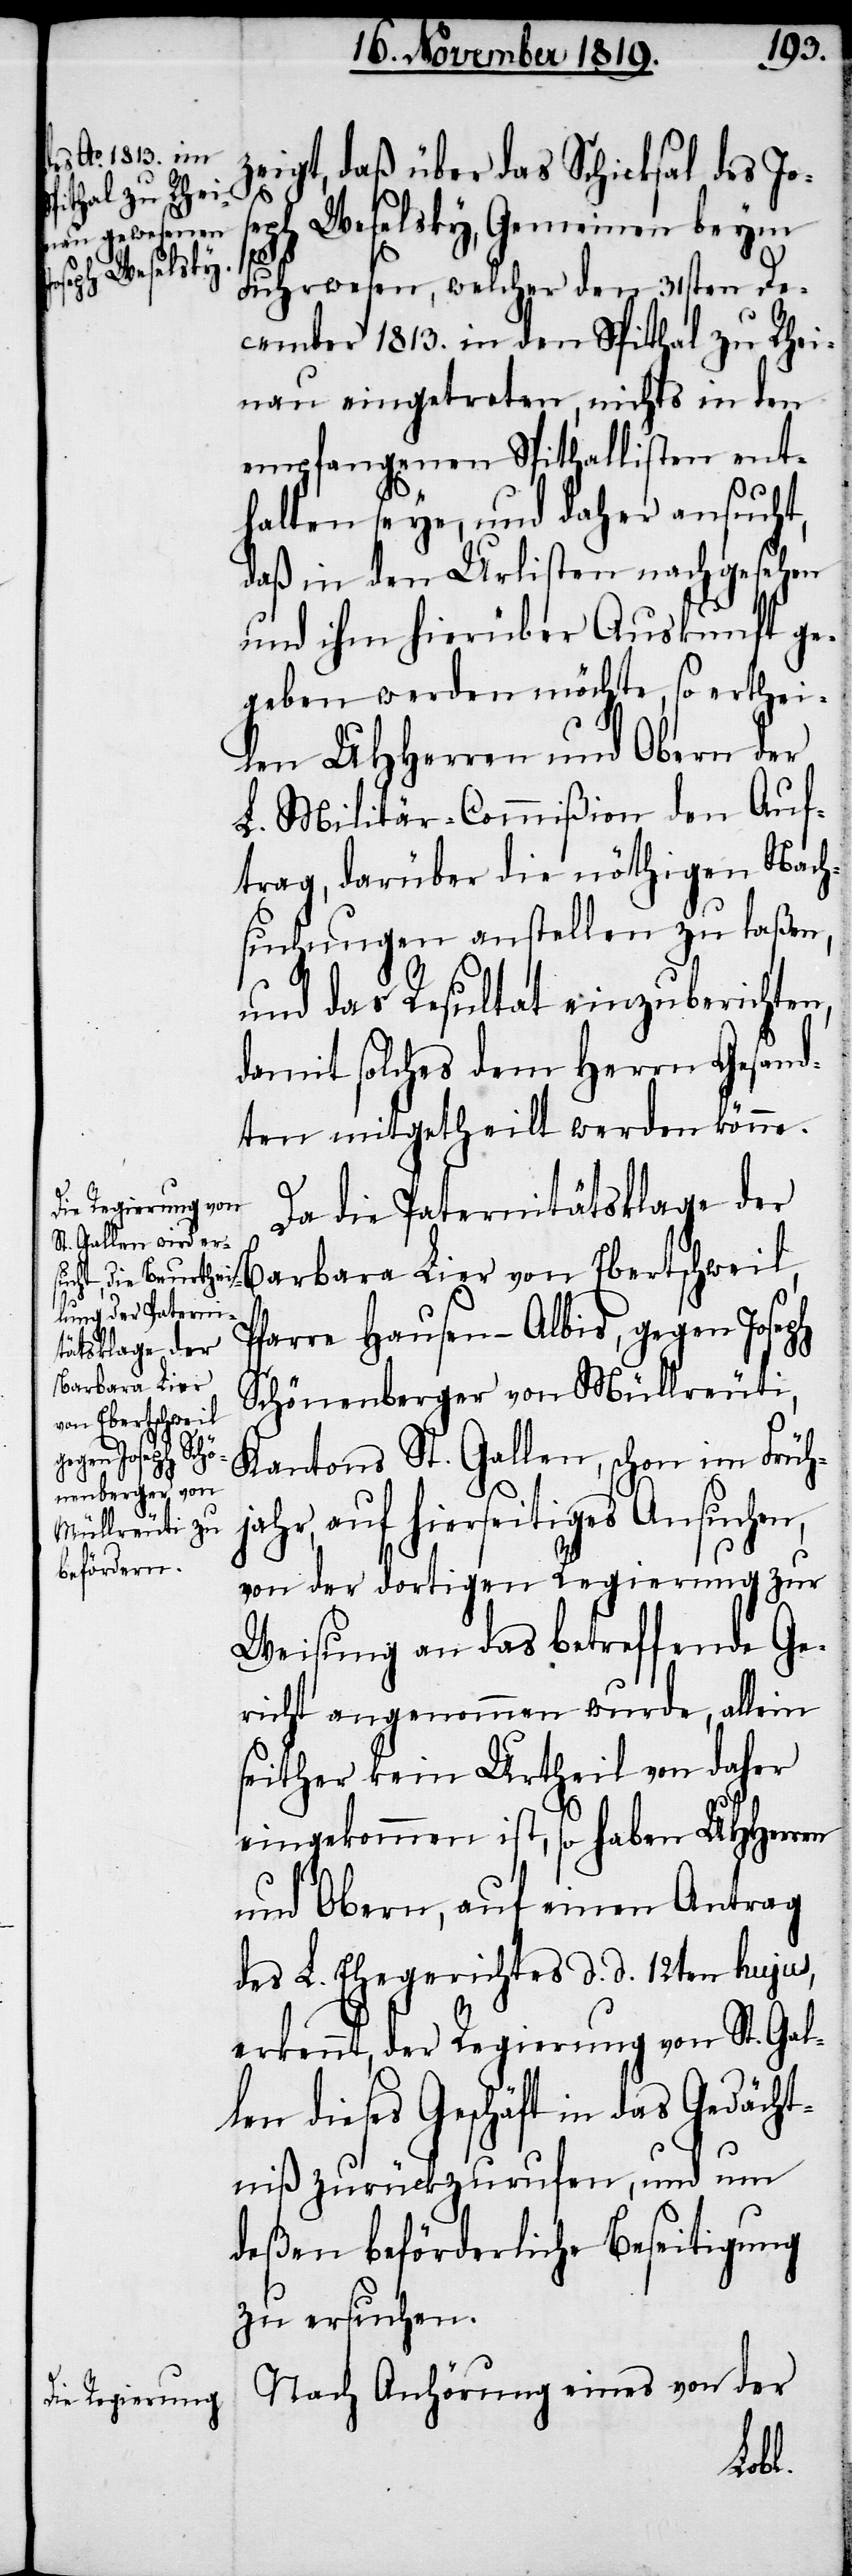
zeigt, daß über das Schicksal des Jo¬
seph Weselsky, Gemeinen beym
Fuhrwesen, welcher den 31sten De¬
cember 1813. in den Spithal zu Rhei¬
nau eingetreten, nichts in den
empfangenen Spithallisten ent¬
halten seye, und daher ansucht,
daß in den Urlisten nach gesehen
und ihm hierüber Auskunft ge¬
geben werden möchte, so erthei¬
len UHHerren und Obern der
L. Militär-Commißion den Auf¬
trag, darüber die nöthigen Nach¬
suchungen anstellen zu laßen,
und das Resultat einzuberichten,
damit solches dem Herrn Gesand¬
ten mitgetheilt werden könne.
Da die Paternitätsklage der
Barbara Lier von Ebertschweil,
farre Hausen-Albis, gegen Joseph
Schönenberger von Müllreuti,
Kantons St. Gallen, schon im Früh¬
jahr, auf hierseitiges Ansuchen,
von der dortigen Regierung zur
Weisung an das betreffende Ge¬
richt angenommen wurde, allein
seither kein Urtheil von daher
eingekommen ist, so haben UHHerren
und Obern, auf einen Antrag
des L. Ehegerichtes d. d. 12ten hujus,
erkennt, der Regierung von St. Gal¬
len dieses Geschäft in das Gedächt¬
niß zurückzurufen, und um
deßen beförderliche Beseitigung
zu ersuchen.
Nach Anhörung eines von der
P¬